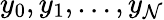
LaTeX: y_{0},y_{1},\dotsc,y_{\mathcal{N}}